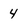
Character: 4